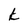
Character: k